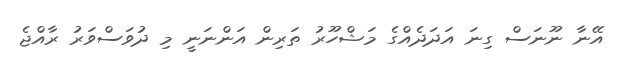
އޭނާ ނޫނަސް ގިނަ އަދަދެއްގެ މަޝްހޫރު ތަރިން އަންނަނީ މި ދުވަސްވަރު ރާއްޖެ